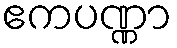
ဧကပဏ္ဏာ